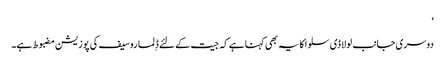
‘
دوسری جانب لولا ڈی سلوا کا یہ بھی کہنا ہے کہ جیت کے لئے ڈِلما روسیف کی پوزیشن مضبوط ہے۔